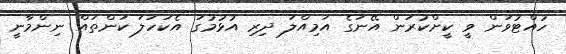
ހުއްޓުވަން ވީ ކީށްކުރަން އޭނަގެ އަމިއްލަ ދިރި އުޅުމުގަ އެކަހަލަ ކަންތައް ނިންމާނީ